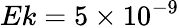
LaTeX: Ek=5\times 10^{-9}